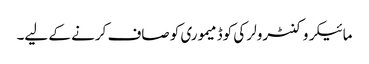
مائیکروکنٹرولر کی کوڈ میموری کو صاف کرنے کے لیے۔